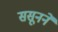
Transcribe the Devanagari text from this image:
ससूनने